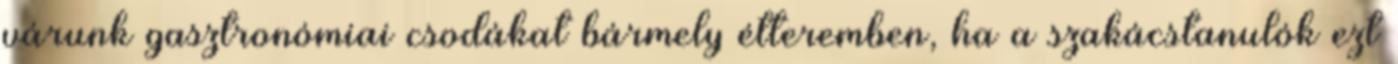
várunk gasztronómiai csodákat bármely étteremben, ha a szakácstanulók ezt